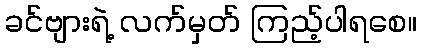
ခင်ဗျားရဲ့ လက်မှတ် ကြည့်ပါရစေ။